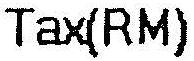
TAX(RM)